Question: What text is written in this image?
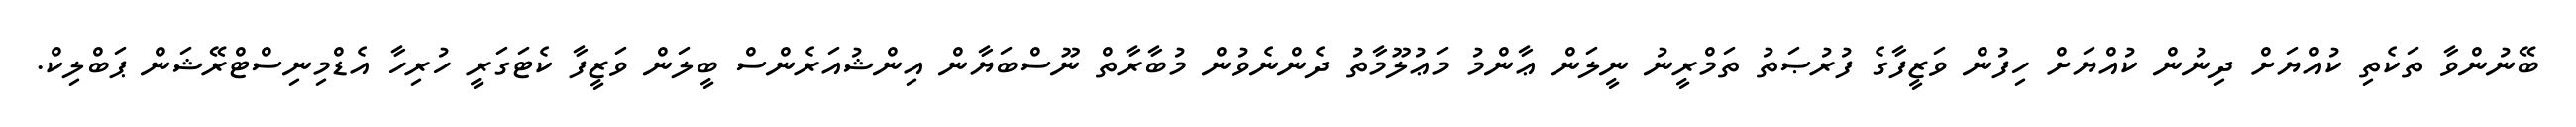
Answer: ބޭނުންވާ ތަކެތި ކުއްޔަށް ދިނުން ކުއްޔަށް ހިފުން ވަޒީފާގެ ފުރުޞަތު ތަމްރީނު ނީލަން ޢާންމު މަޢުލޫމާތު ދެންނެވުން މުބާރާތް ނޫސްބަޔާން އިންޝުއަރެންސް ބީލަން ވަޒީފާ ކެޓަގަރީ ހުރިހާ އެޑްމިނިސްޓްރޭޝަން ޕަބްލިކް.